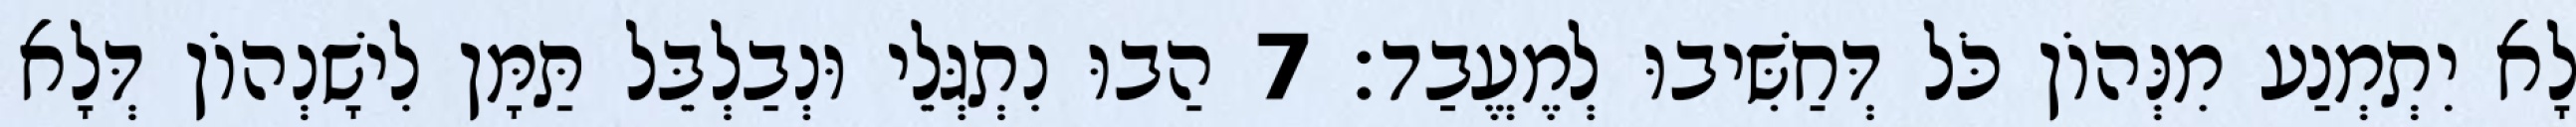
לָא יִתְמְנַע מִנְּהוֹן כֹּל דְּחַשִּׁיבוּ לְמֶעֱבַד׃ 7 הַבוּ נִתְגְּלֵי וּנְבַלְבֵּל תַּמָּן לִישָׁנְהוֹן דְּלָא